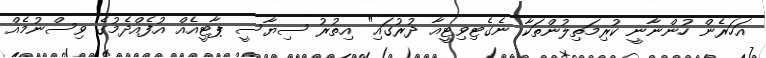
އަހަރެން ހުންނާނީ ކުރިމަތިލުންތަކާ ނެގެޓިވިޓީއާ ދުރުގައި" އިތުރު ސިޔާސީ ޕާޓީއެއް އުފެއްދެމުގެ ވިސްނުމެއް